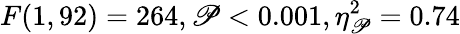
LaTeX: F(1,92)=264,\mathscr{P}<0.001,\eta_{\mathscr{P}}^{2}=0.74